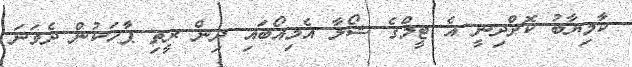
ކާމިޔާބު ކޮށްދިނީ އެ ޓީމްގެ ޝޯލާ އެމިއޯބައި ދިން ރީތި ޕާހަކުން ދެވަނަ